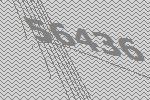
56436